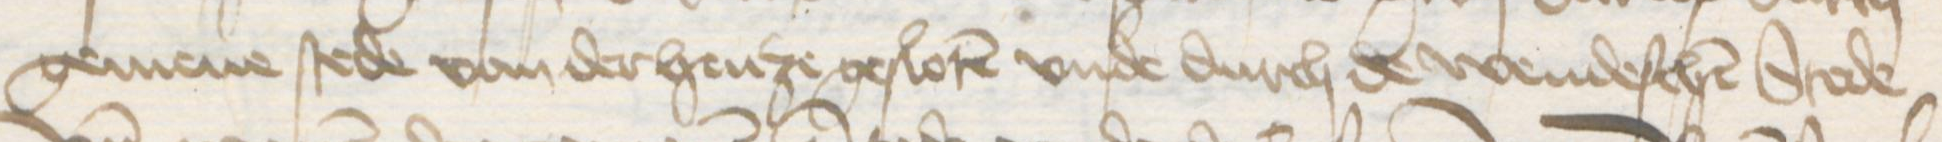
gemene stede van der henze gesloten vnde durch de wendeschen Stede